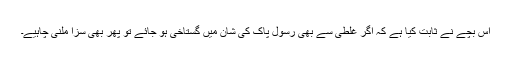
اس بچے نے ثابت کیا ہے کہ اگر غلطی سے بھی رسول پاک کی شان میں گستاخی ہو جائے تو پھر بھی سزا ملنی چاہیے۔